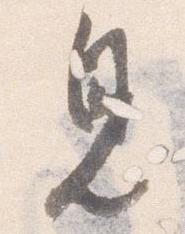
見